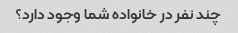
چند نفر در خانواده شما وجود دارد؟